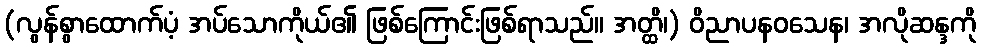
(လွန်စွာထောက်ပံ့ အပ်သောကိုယ်၏ ဖြစ်ကြောင်းဖြစ်ရာသည်။ အတ္ထိ၊) ဝိညာပနဝသေန၊ အလိုဆန္ဒကို